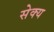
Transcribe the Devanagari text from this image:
सेक्य